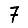
Digit: 7